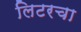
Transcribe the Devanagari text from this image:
लिटरचा